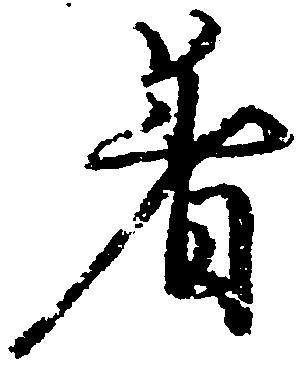
着